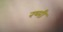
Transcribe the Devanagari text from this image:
रष्मी